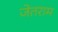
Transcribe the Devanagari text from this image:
जेतराम